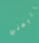
إتبعني